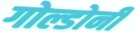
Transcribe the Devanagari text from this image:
गोल्डोनी